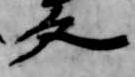
文